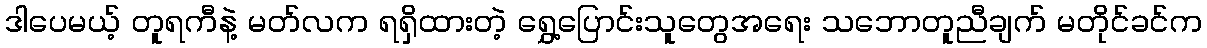
ဒါပေမယ့် တူရကီနဲ့ မတ်လက ရရှိထားတဲ့ ရွှေ့ပြောင်းသူတွေအရေး သဘောတူညီချက် မတိုင်ခင်က